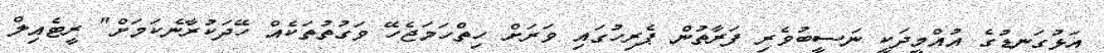
އަޅުގަނޑުގެ އުއްމީދަކީ ނަސީބުވެރި ފަރާތުން ޕެރިހުގައި ވަރަށް ހިތްހަމަޖެހޭ ވަގުތުތަކެއް ހޭދަކުރާނެކަމަށް" ރީޓެއިލް